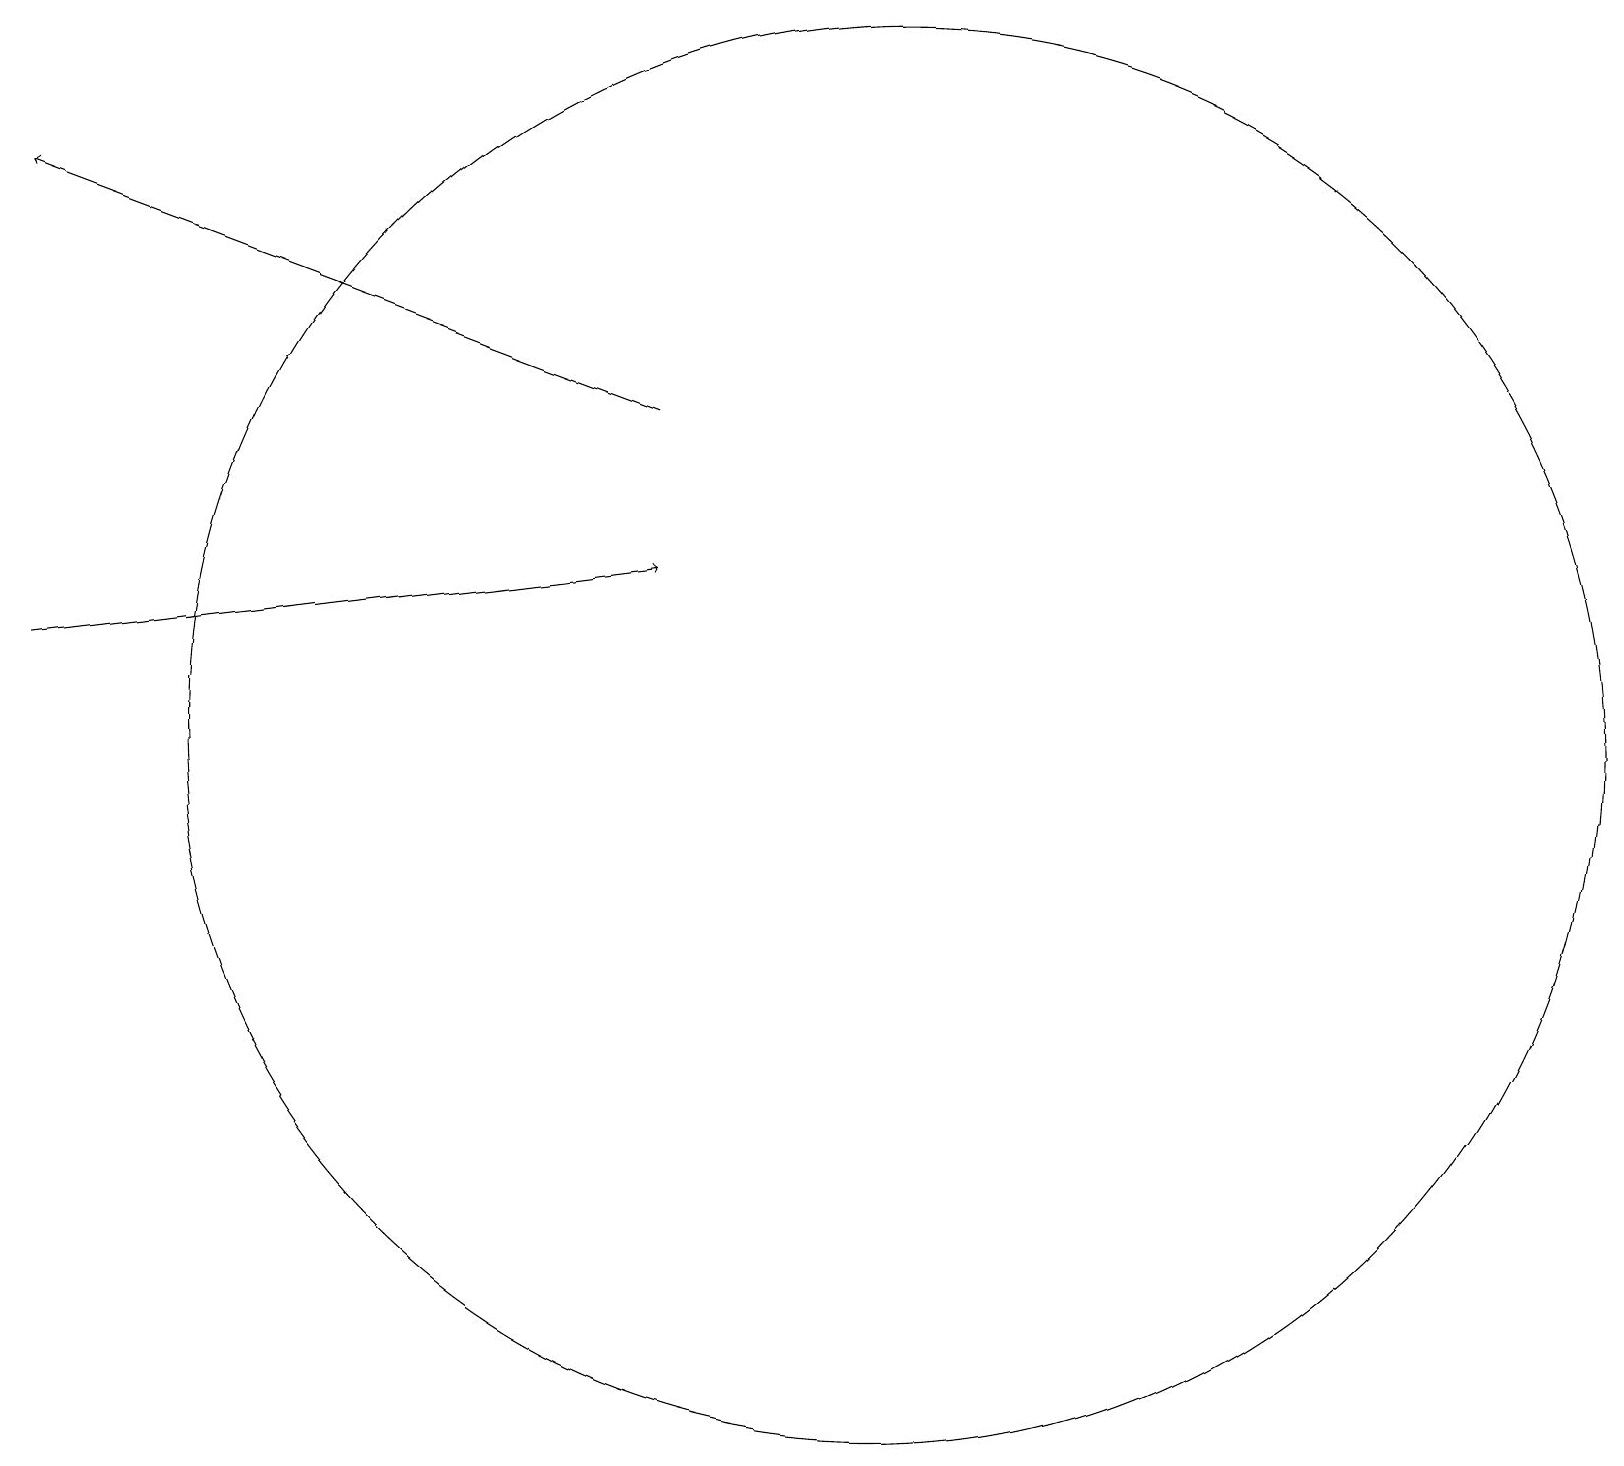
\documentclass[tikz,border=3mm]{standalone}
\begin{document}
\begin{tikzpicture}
\draw (11,11) circle (9);
\draw[->] (8,15) -- (0,18);
\draw[->] (0,12) -- (8,13);
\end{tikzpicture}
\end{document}